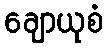
ချောယုစံ